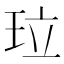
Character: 𤤔